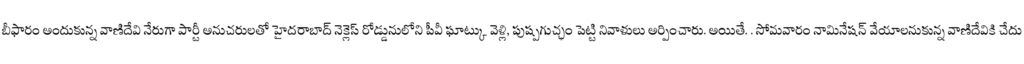
బీఫారం అందుకున్న వాణిదేవి నేరుగా పార్టీ అనుచరులతో హైదరాబాద్ నెక్లెస్ రోడ్డునులోని పీవీ ఘాట్కు వెళ్లి, పుష్పగుచ్ఛం పెట్టి నివాళులు అర్పించారు. అయితే. . సోమవారం నామినేషన్ వేయాలనుకున్న వాణిదేవికి చేదు